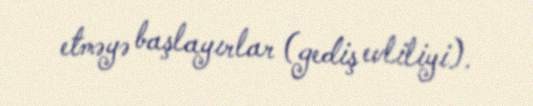
etməyə başlayırlar (gediş evliliyi).